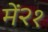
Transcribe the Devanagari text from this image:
में२१